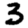
Digit: 3